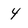
Character: 4